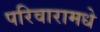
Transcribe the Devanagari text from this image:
परिवारामधे